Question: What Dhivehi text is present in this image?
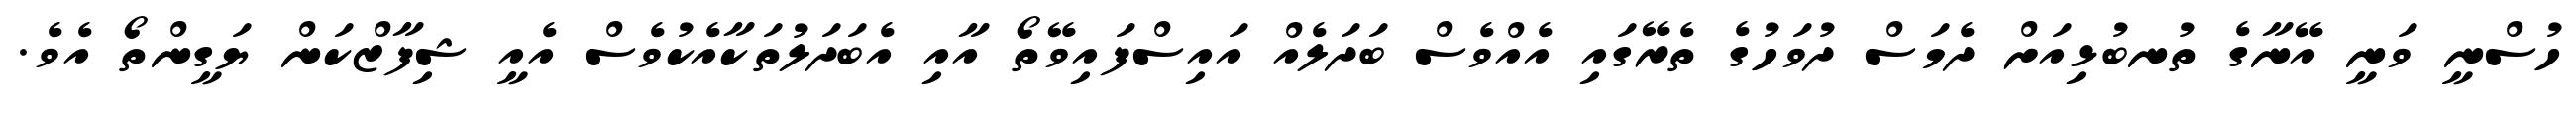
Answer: ހުސްނީ ވަނީ އޭނާގެ ތުނބުޅިއަށް ދެމަސް ދުވަހުގެ ތެރޭގައި އެއްވެސް ބަދަލެއް އައިސްފައިވޭތޯ އާއި އެބަދަލުތަކާއެކުވެސް އެއީ ޝިފާޒްކަން ޔަގީންތޯ އެވެ.